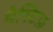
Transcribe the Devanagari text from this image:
मैस्टिफ़